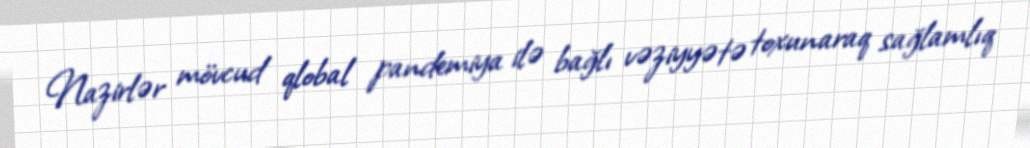
Nazirlər mövcud qlobal pandemiya ilə bağlı vəziyyətə toxunaraq sağlamlıq